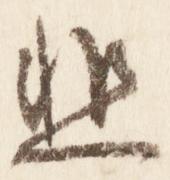
悲